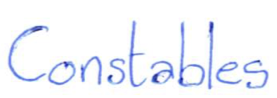
Text: Constables
Cross-out: clean
Writing tool: ballpoint